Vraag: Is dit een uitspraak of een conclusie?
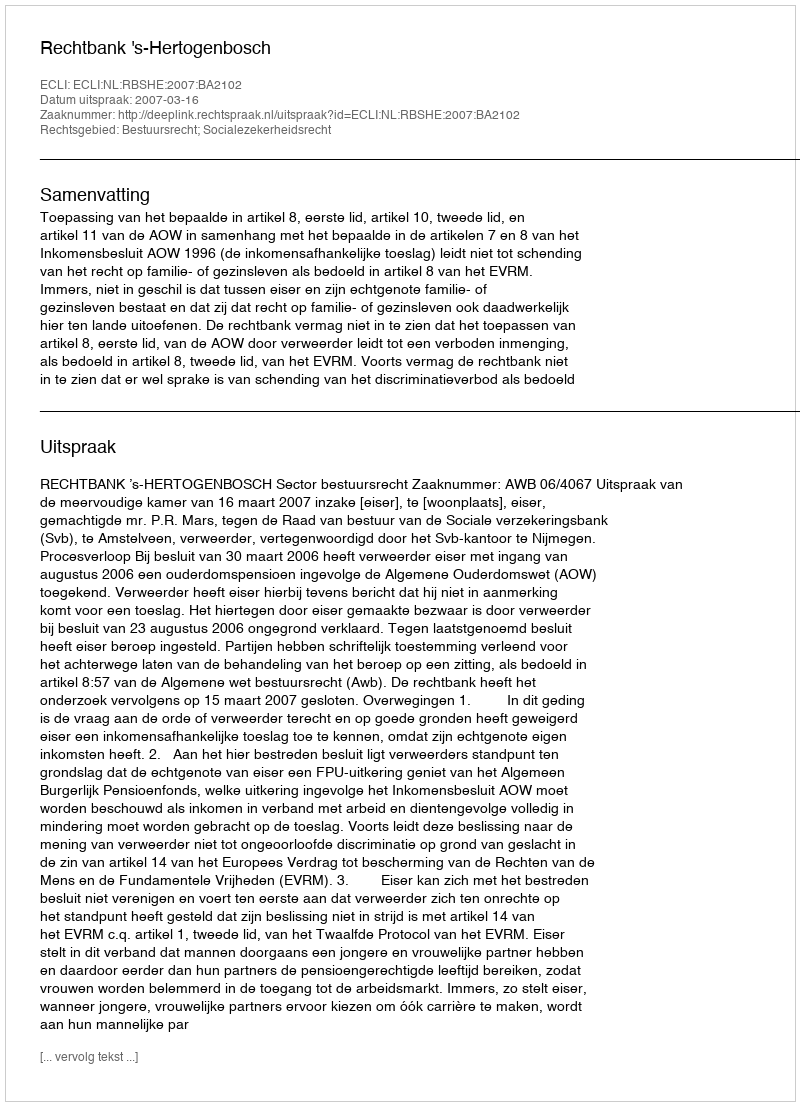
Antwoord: Uitspraak